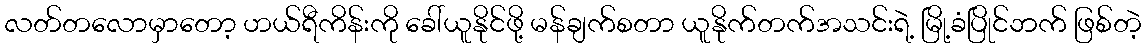
လတ်တလောမှာတော့ ဟယ်ရီကိန်းကို ခေါ်ယူနိုင်ဖို့ မန်ချက်စတာ ယူနိုက်တက်အသင်းရဲ့ မြို့ခံပြိုင်ဘက် ဖြစ်တဲ့